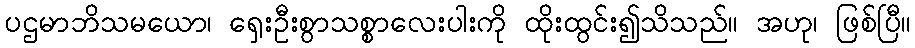
ပဌမာဘိသမယော၊ ရှေးဦးစွာသစ္စာလေးပါးကို ထိုးထွင်း၍သိသည်။ အဟု၊ ဖြစ်ပြီ။